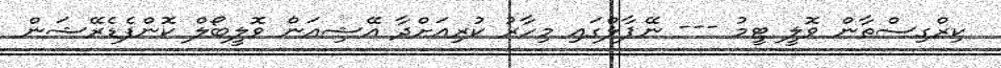
ކިރްގިސްތާން ވޮލީ ޓީމު --- ނޭޕާލްގައި މިހާރު ކުރިއަށްދާ އޭޝިއަން ވޮލީބޯލް ކޮންފެޑެރޭޝަން